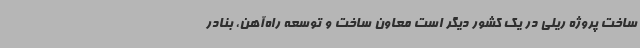
ساخت پروژه ریلی در یک کشور دیگر است معاون ساخت و توسعه راه‌آهن، بنادر